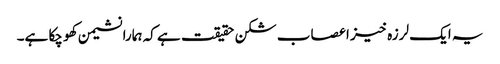
یہ ایک لرزہ خیز اعصاب شکن حقیقت ہے کہ ہمارا نشیمن کھو چکا ہے۔